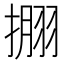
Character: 𰔘